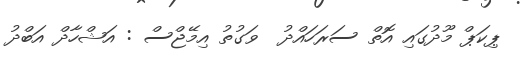
ޕިކަޕް މޫދުގައި އޮތް ސަރަހައްދު  ވަގުތު އިމޭޖްސް : އަޝްހާދް އަބްދު